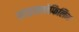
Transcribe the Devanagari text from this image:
साइक्लोफिलिन